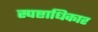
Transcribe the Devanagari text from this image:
स्पष्टाधिकार